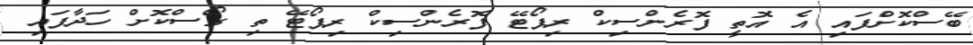
ބޭސްކޮށްފައި އެ އޮތީ ފޮރެންސިކް ރިޕޯޓޭ ފޮރެންސިކް ރިޕޯޓޭ ތި ގޯސްކޮށް ހަދާފައި